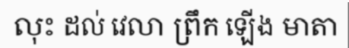
លុះ ដល់ វេលា ព្រឹក ឡើង មាតា